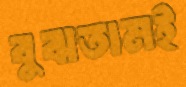
বুঝতামই